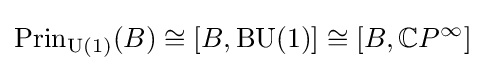
\operatorname {Prin} _{\operatorname {U} (1)}(B)\cong [B,\operatorname {BU} (1)]\cong [B,\mathbb {C} P^{\infty }]